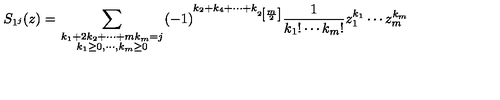
S _ { 1 ^ { j } } ( z ) = \sum _ { { \scriptstyle k _ { 1 } + 2 k _ { 2 } + \cdots + m k _ { m } = j } \atop { \scriptstyle k _ { 1 } \geq 0 , \cdots , k _ { m } \geq 0 } } ( - 1 ) ^ { k _ { 2 } + k _ { 4 } + \cdots + k _ { 2 \left[ \frac m 2 \right] } } \frac 1 { k _ { 1 } ! \cdots k _ { m } ! } z _ { 1 } ^ { k _ { 1 } } \cdots z _ { m } ^ { k _ { m } }